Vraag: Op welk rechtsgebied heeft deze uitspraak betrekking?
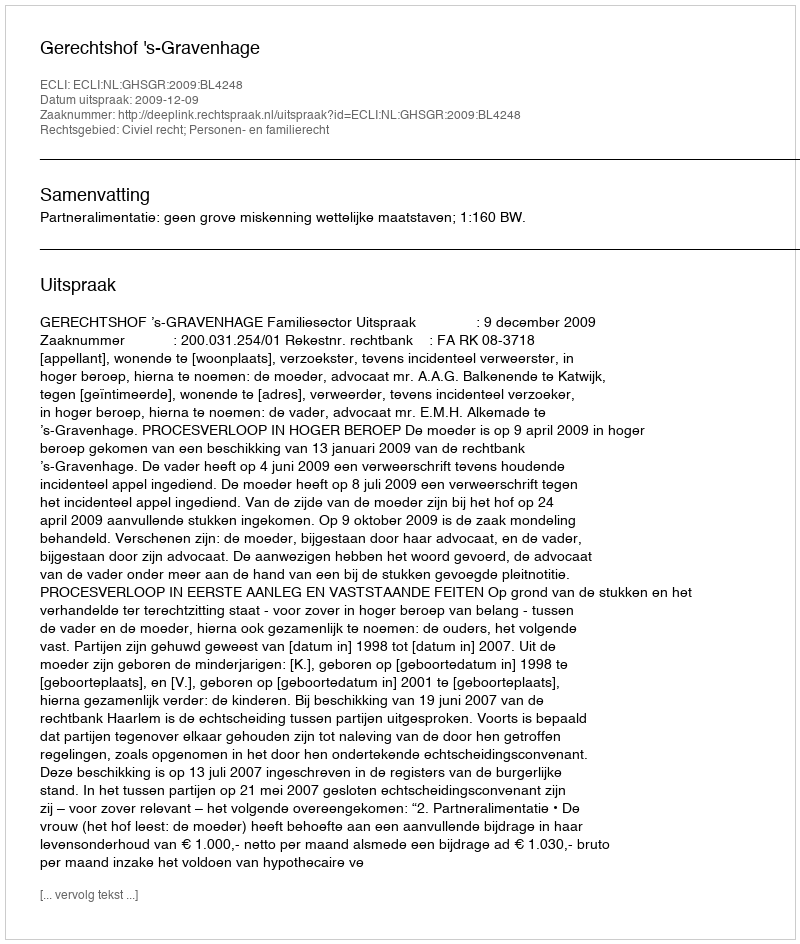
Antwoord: Civiel recht; Personen- en familierecht